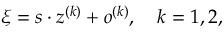
\xi = s \cdot z ^ { ( k ) } + o ^ { ( k ) } , \quad k = 1 , 2 ,